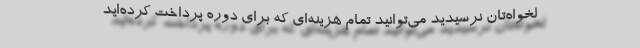
لخواه‌تان نرسیدید می‌توانید تمام هزینه‌ای که برای دوره پرداخت کرده‌اید